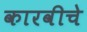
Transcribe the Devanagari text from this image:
कारवीचे